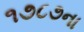
૧૭૮૭ના